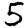
Digit: 5